Indian journal of veterinary science and animal husbandry - Volume 6,
Year: 1936
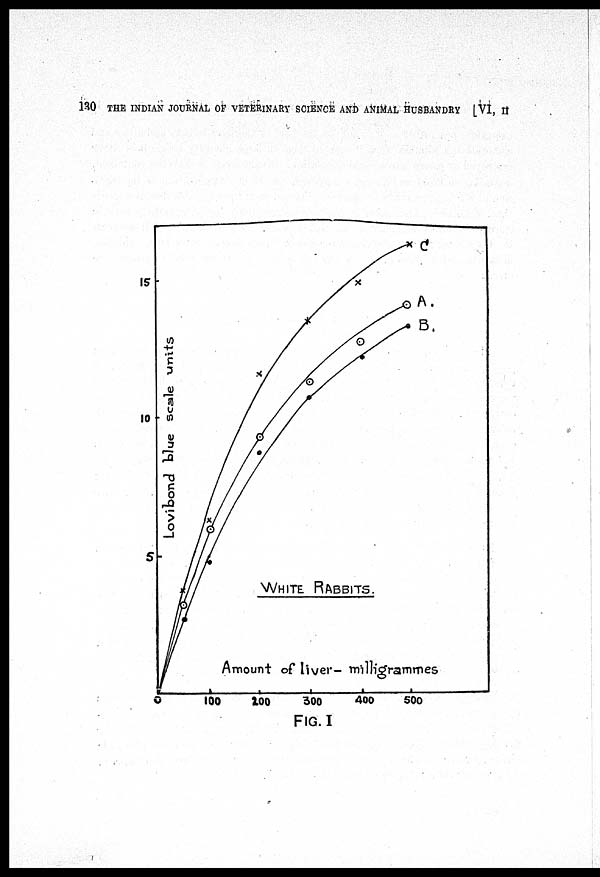
130 THE INDIAN JOURNAL OF VETERINARY SCIENCE AND ANIMAL HUSBANDRY [VI, II